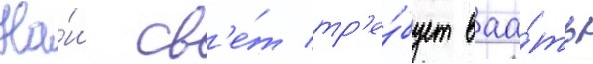
На́ш св'е́т тр'е́бует ваа́ть